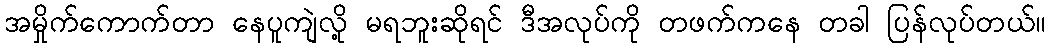
အမှိုက်ကောက်တာ နေပူကျဲလို့ မရဘူးဆိုရင် ဒီအလုပ်ကို တဖက်ကနေ တခါ ပြန်လုပ်တယ်။